Scottish Certificate of Education, 1962
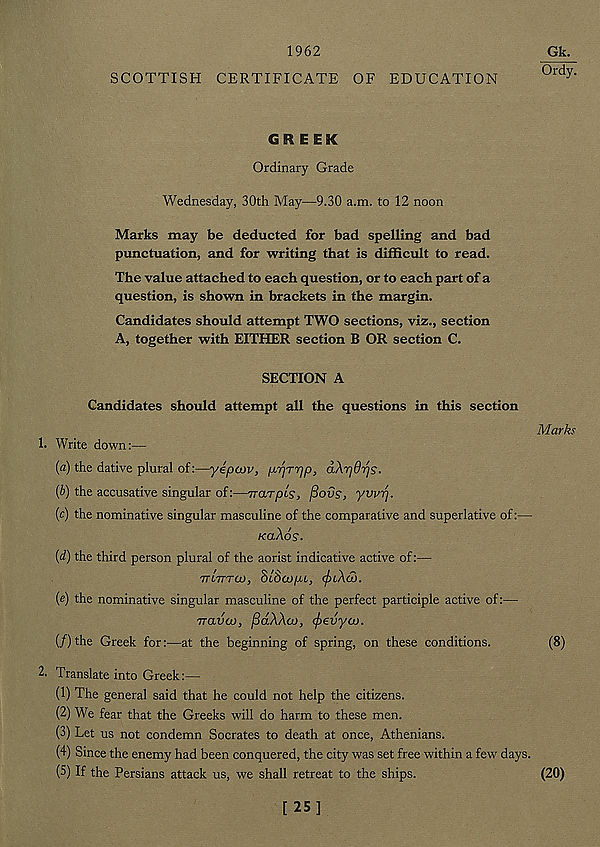
1962
SCOTTISH CERTIFICATE OF EDUCATION
Gk.
Ordy.
GREEK
Ordinary Grade
Wednesday, 30th May—9.30 a.m. to 12 noon
Marks may be deducted for bad spelling and bad
punctuation, and for writing that is difficult to read.
The value attached to each question, or to each part of a
question, is shown in brackets in the margin.
Candidates should attempt TWO sections, viz., section
A, together with EITHER section B OR section C.
SECTION A
Candidates should attempt all the questions in this section
1. Write down:—
(a) the dative plural of:—ylpow, yrjrrjp, dXrjdr/g.
(b) the accusative singular of:—Trarpis, fiovs, yvvrj.
(c) the nominative singular masculine of the comparative and superlative of:—
kclAos-
{d) the third person plural of the aorist indicative active of:—
7TL7TTO), SlScOpi, (f)iXd).
(e) the nominative singular masculine of the perfect participle active of:—
TTava), pdXAaj, <f>evya>.
[f) the Greek for:—at the beginning of spring, on these conditions.
2- Translate into Greek:—
(1) The general said that he could not help the citizens.
(2) We fear that the Greeks will do harm to these men.
(3) Let us not condemn Socrates to death at once, Athenians.
(4) Since the enemy had been conquered, the city was set free within a few days.
(5) If the Persians attack us, we shall retreat to the ships.
Marks
(8)
(20)
[25]